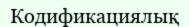
Кодификациялық